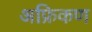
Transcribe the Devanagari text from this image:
अफ्रिकण